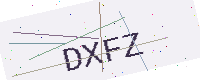
Text: DXFZ